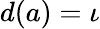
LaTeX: d(a)=\iota